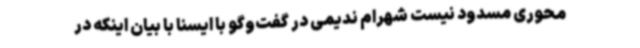
محوری مسدود نیست شهرام ندیمی در گفت‌وگو با ایسنا با بیان اینکه در